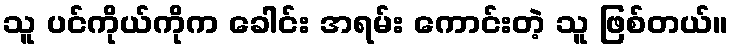
သူ ပင်ကိုယ်ကိုက ခေါင်း အရမ်း ကောင်းတဲ့ သူ ဖြစ်တယ်။